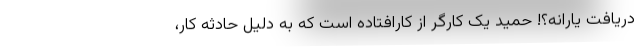
دریافت یارانه؟! حمید یک کارگر از کارافتاده است که به دلیل حادثه کار،